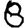
Digit: 8